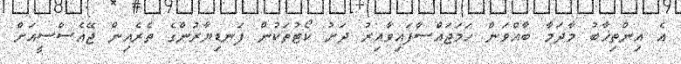
އެ އިންތިޚާބު މާދަމާ ބާއްވަން ހަމަޖައްސާފައިވާއިރު ދަށު ކޯޓުތަކުން ފަނޑިޔާރުންގެ ތެރެއިން ޖޭއެސްސީއަށް